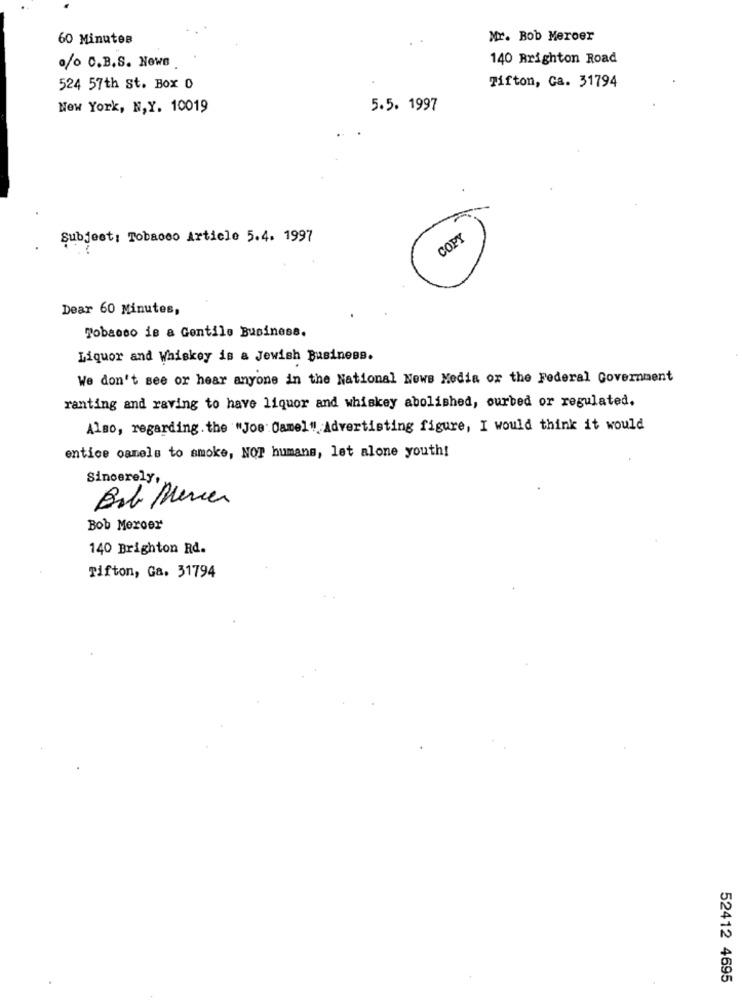
60 Minutes
Mr. Bob Meroer
140 Brighton Road
o/0 C.B.S. Nowe
524 57th st. Box 0
Tifton, Ca. 31794
New York, N,Y. 10019
5.5. 1997
Subject: Tobacco Article 5.4. 1997
COPY
Dear 60 Minutes,
Tobacco is a Gentile Business.
Liquor and Whiskey is a Jewish Business.
We don't see or hear anyone in the National News Media or the Federal Government
ranting and raving to have liquor and whiskey abolished, ourbed or regulated.
Also, regarding the "Joe Camel " Advertisting figure, I would think it would
entice camels to smoke, NOT humans, let alone youth!
Sincerely,
Bibi Mercer
Bob Meroer
140 Brighton Rd.
Tifton, Ga. 31794
52412 4695